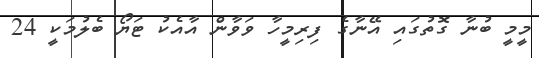
މީމީ ބުނާ ގޮތުގައި އޭނާގެ ފިރިމީހާ ވަވާން އާއެކު ޓަޔޯ ބެލުމަކީ 24